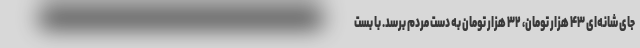
جای شانه‌ای ۴۳ هزار تومان، ۳۲ هزار تومان به دست مردم برسد. با بست